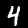
Label: 4